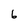
Character: 6